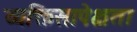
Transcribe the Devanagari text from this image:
व्यक्तिसापेक्षता